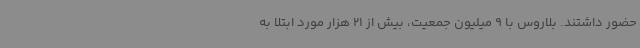
حضور داشتند. بلاروس با 9 میلیون جمعیت، بیش از 21 هزار مورد ابتلا به